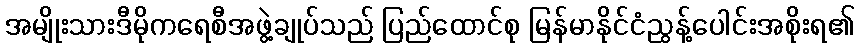
အမျိုးသားဒီမိုကရေစီအဖွဲ့ချုပ်သည် ပြည်ထောင်စု မြန်မာနိုင်ငံညွန့်ပေါင်းအစိုးရ၏